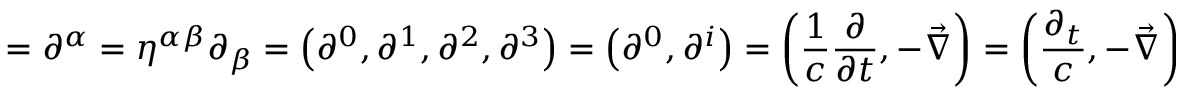
\mathbf { \partial } = \partial ^ { \alpha } = \eta ^ { \alpha \beta } \partial _ { \beta } = \left( \partial ^ { 0 } , \partial ^ { 1 } , \partial ^ { 2 } , \partial ^ { 3 } \right) = \left( \partial ^ { 0 } , \partial ^ { i } \right) = \left( { \frac { 1 } { c } } { \frac { \partial } { \partial t } } , - { \vec { \nabla } } \right) = \left( { \frac { \partial _ { t } } { c } } , - { \vec { \nabla } } \right) = \left( { \frac { \partial _ { t } } { c } } , - \partial _ { x } , - \partial _ { y } , - \partial _ { z } \right)